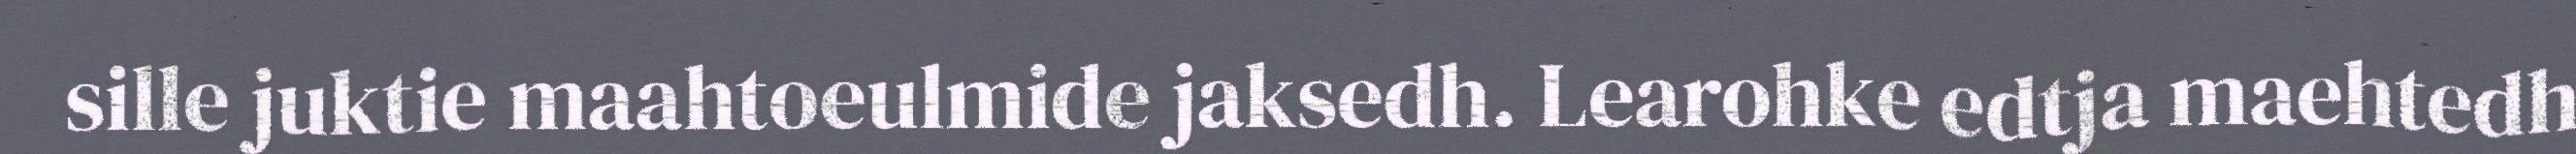
sille juktie maahtoeulmide jaksedh. Learohke edtja maehtedh